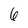
Character: 6